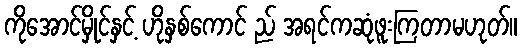
ကိုအောင်မှိုင်နှင့် ဟိုနှစ်ကောင် ည် အရင်ကဆုံဖူးကြတာမဟုတ်။